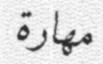
مھارة